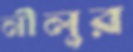
নীলুর